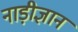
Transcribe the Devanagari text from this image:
नाड़ीज्ञान